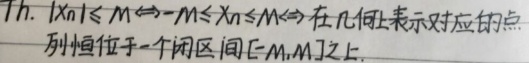
Th. \(|x_n|\leq M\Leftrightarrow -M\leq x_n\leq M\Leftrightarrow\) 在几何上表示对应的点列恒位于一个闭区间 \([-M,M]\) 之上。